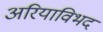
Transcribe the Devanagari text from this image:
अरियाविभद